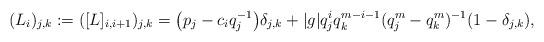
LaTeX: \begin{align*}(L_i)_{j,k}:=([L]_{i,i+1})_{j,k}=\big(p_j-c_iq_j^{-1}\big)\delta_{j,k}+|g|q_j^iq_k^{m-i-1}(q_j^m-q_k^m)^{-1}(1-\delta_{j,k}),\end{align*}